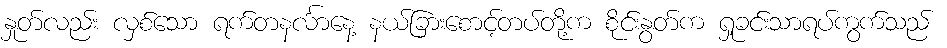
နှုတ်လည်း လှစ်သော ရက်တနင်္လာနေ့ နယ်ခြားစောင့်တပ်တို့က စိုင်းနွတ်က ရှုခင်းသာရပ်ကွက်သည်